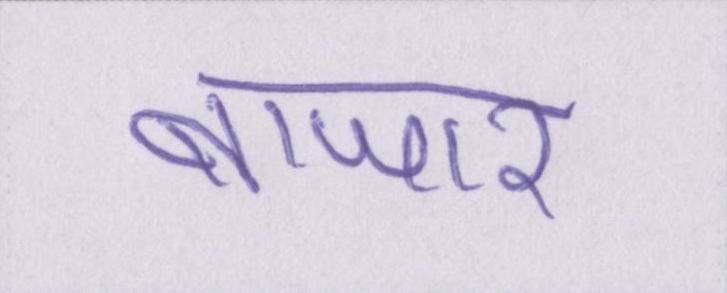
बाजार